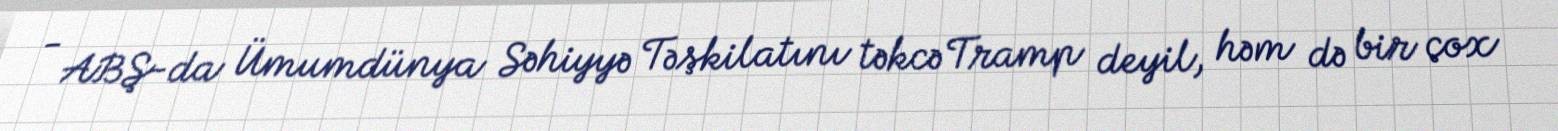
- ABŞ-da Ümumdünya Səhiyyə Təşkilatını təkcə Tramp deyil, həm də bir çox